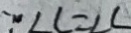
\because \angle C = \angle C